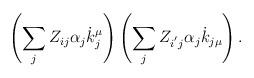
LaTeX: \begin{align*}\left( \sum\limits_jZ_{ij}\alpha _j\dot{k}_j^\mu \right) \left(\sum\limits_jZ_{i^{^{\prime }}j}\alpha _j\dot{k}_{j\mu }\right) .\end{align*}